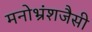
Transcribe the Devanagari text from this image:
मनोभ्रंशजैसी